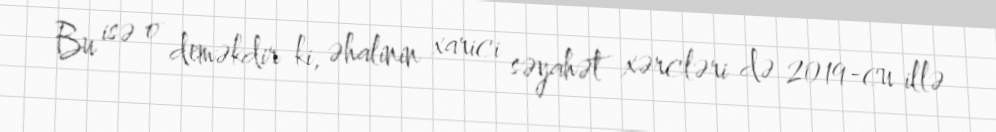
Bu isə o deməkdir ki, əhalinin xarici səyahət xərcləri də 2019-cu illə